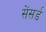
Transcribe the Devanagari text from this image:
सेंसर्ड